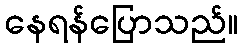
နေရန်ပြောသည်။